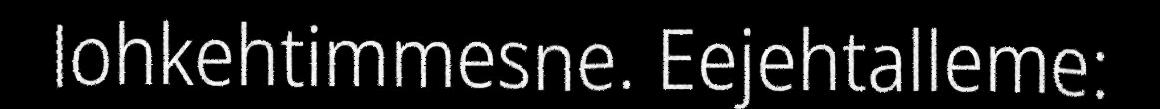
lohkehtimmesne. Eejehtalleme: